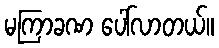
မကြာခဏ ပေါ်လာတယ်။